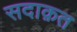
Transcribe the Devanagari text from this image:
सदाक़त